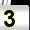
Digit: 3